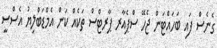
ގެނެސް ފައި ބަހައްޓަން ޖެހޭ ސްޕެއާރ ޕާރޓްސް ތަކެއް ކަން އެމްޑަބްލިޔު އެސްސީ